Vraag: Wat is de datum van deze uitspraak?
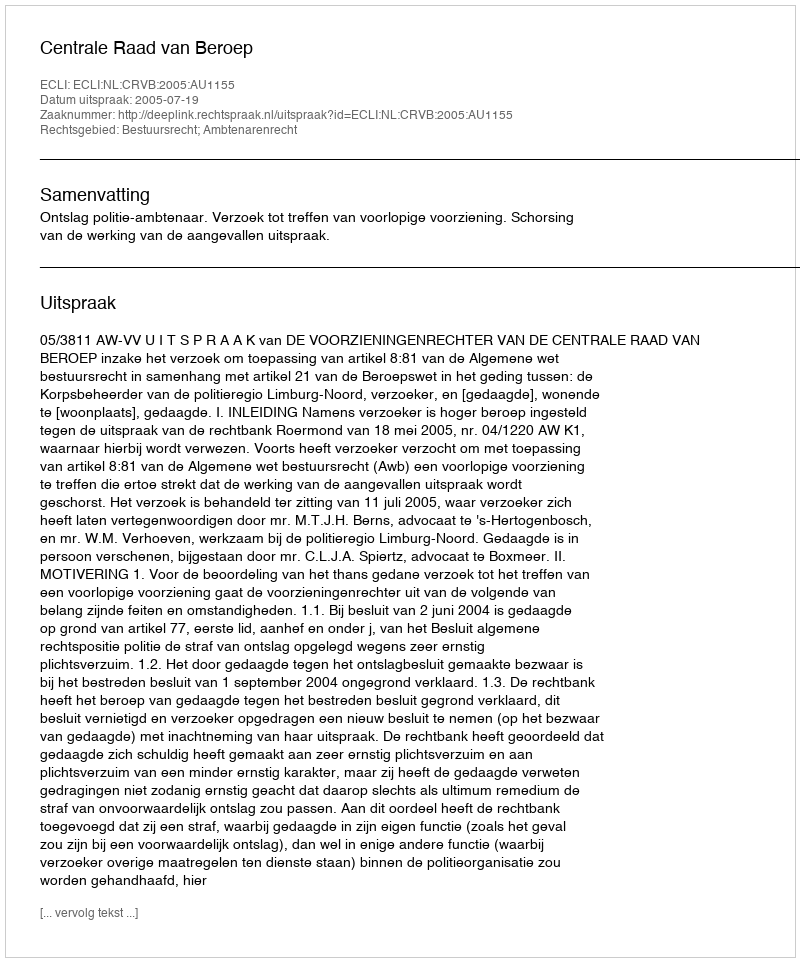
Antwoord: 2005-07-19